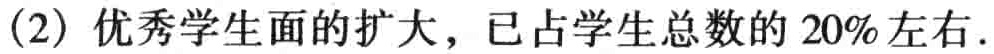
(2) 优秀学生面的扩大，已占学生总数的 \(20\%\)左右.